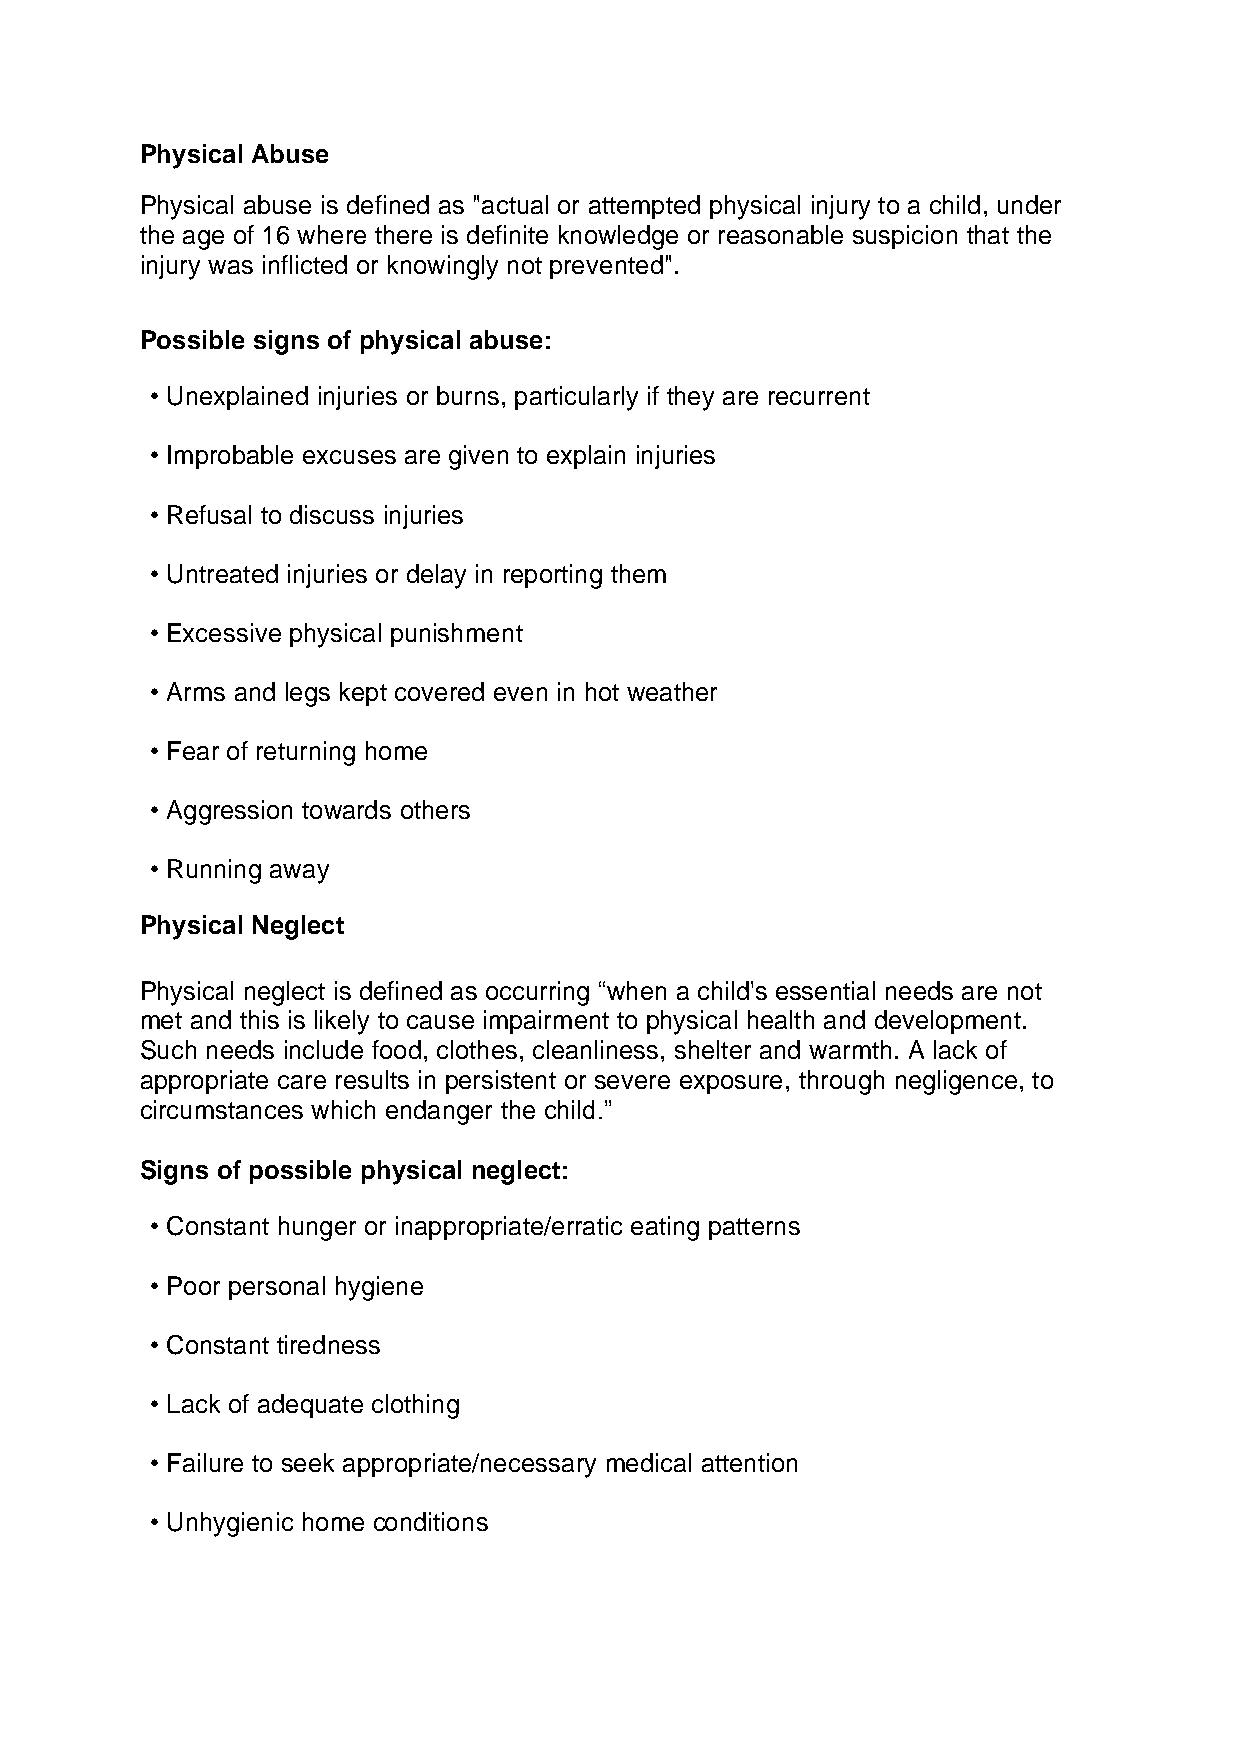
Physical Abuse
 Physical abuse is defined as "actual or attempted physical injury to a child, under
 the age of 16 where there is definite knowledge or reasonable suspicion that the
 injury was inflicted or knowingly not prevented".
 Possible signs of physical abuse:
 • Unexplained injuries or burns, particularly if they are recurrent
 • Improbable excuses are given to explain injuries
 • Refusal to discuss injuries
 • Untreated injuries or delay in reporting them
 • Excessive physical punishment
 • Arms and legs kept covered even in hot weather
 • Fear of returning home
 • Aggression towards others
 • Running away
 Physical Neglect
 Physical neglect is defined as occurring “when a child's essential needs are not
 met and this is likely to cause impairment to physical health and development.
 Such needs include food, clothes, cleanliness, shelter and warmth. A lack of
 appropriate care results in persistent or severe exposure, through negligence, to
 circumstances which endanger the child.”
 Signs of possible physical neglect:
 • Constant hunger or inappropriate/erratic eating patterns
 • Poor personal hygiene
 • Constant tiredness
 • Lack of adequate clothing
 • Failure to seek appropriate/necessary medical attention
 • Unhygienic home conditions